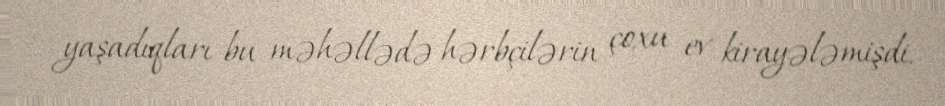
yaşadıqları bu məhəllədə hərbçilərin çoxu ev kirayələmişdi.